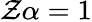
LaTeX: \mathcal{Z}\alpha=1